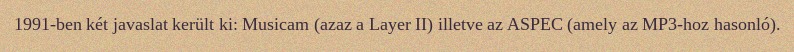
1991-ben két javaslat került ki: Musicam (azaz a Layer II) illetve az ASPEC (amely az MP3-hoz hasonló).